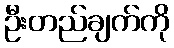
ဦးတည်ချက်ကို